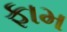
ફામ